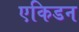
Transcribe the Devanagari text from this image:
एकिडन